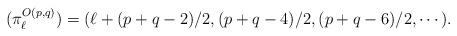
LaTeX: \begin{align*} (\pi_\ell^{O(p,q)}) = (\ell + (p+q-2)/2, (p+q-4)/2, (p+q-6)/2,\cdots). \end{align*}